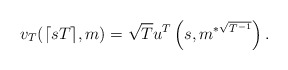
\begin{align*}v_T({\lceil sT \rceil},m )=\sqrt{T}u^T\left(s, m^{*\sqrt{T^{-1}}} \right).\end{align*}